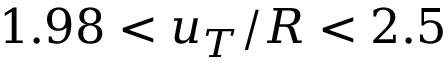
1 . 9 8 < u _ { T } / R < 2 . 5